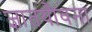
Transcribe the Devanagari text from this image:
ज्ञातयौवना